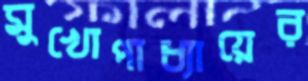
মুখোপাধ্যায়ের